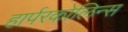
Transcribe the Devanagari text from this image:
हार्परकोलिन्स